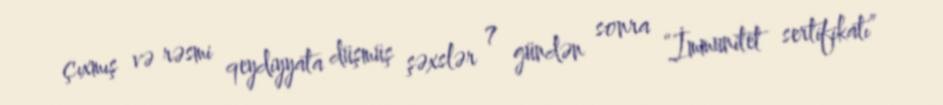
çıxmış və rəsmi qeydiyyata düşmüş şəxslər 7 gündən sonra “İmmunitet sertifikatı”